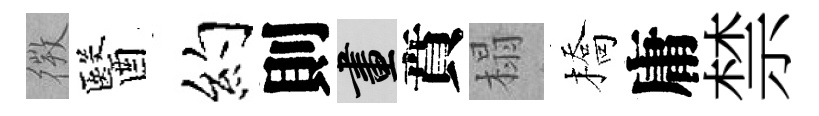
𢕄醫約則畫賁榻橋庸禁